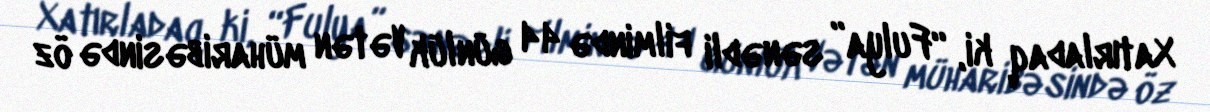
Xatırladaq ki, “Fulya” sənədli filmində 44 günlük Vətən müharibəsində öz